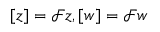
[ z ] = \mathscr { F } z , [ w ] = \mathscr { F } w